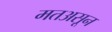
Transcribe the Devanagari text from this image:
मतअसून